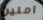
آملين